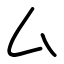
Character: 厶